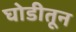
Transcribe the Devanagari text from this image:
घोडीतून